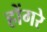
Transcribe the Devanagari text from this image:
होंगरे